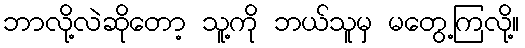
ဘာလို့လဲဆိုတော့ သူ့ကို ဘယ်သူမှ မတွေ့ကြလို့။